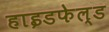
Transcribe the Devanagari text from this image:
हाइडफेल्ड